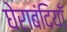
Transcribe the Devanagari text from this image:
घेराबंदियाँ